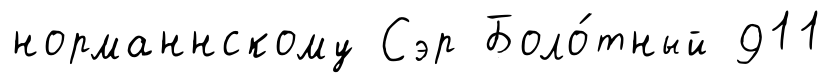
норманнскому Сэр Боло́тный 911